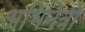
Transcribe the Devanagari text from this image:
अभिनेत्रो